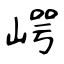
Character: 崿